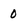
Character: 0